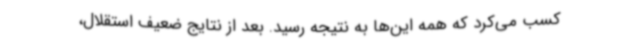
کسب می‌کرد که همه این‌ها به نتیجه رسید. بعد از نتایج ضعیف استقلال،